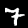
Digit: 7